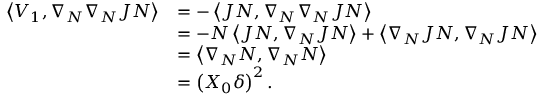
\begin{array} { r l } { \left\langle V _ { 1 } , \nabla _ { N } \nabla _ { N } J N \right\rangle } & { = - \left\langle J N , \nabla _ { N } \nabla _ { N } J N \right\rangle } \\ & { = - N \left\langle J N , \nabla _ { N } J N \right\rangle + \left\langle \nabla _ { N } J N , \nabla _ { N } J N \right\rangle } \\ & { = \left\langle \nabla _ { N } N , \nabla _ { N } N \right\rangle } \\ & { = \left( X _ { 0 } \delta \right) ^ { 2 } . } \end{array}